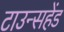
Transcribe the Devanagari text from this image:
टाउन्सहेंड